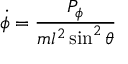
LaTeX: { \dot { \phi } } = { \frac { P _ { \phi } } { m l ^ { 2 } \sin ^ { 2 } \theta } }